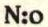
N:o